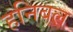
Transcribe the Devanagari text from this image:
हनिबल